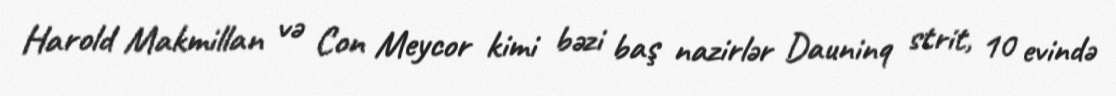
Harold Makmillan və Con Meycor kimi bəzi baş nazirlər Dauninq strit, 10 evində